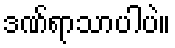
ဒဏ်ရာသာပါပဲ။